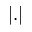
| . |